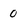
Character: 0